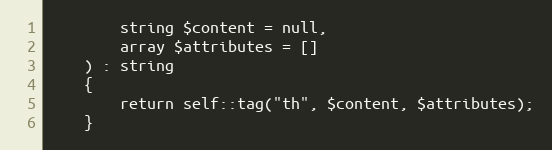
Language: PHP
        string $content = null,
        array $attributes = []
    ) : string
    {
        return self::tag("th", $content, $attributes);
    }